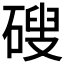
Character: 𥕋